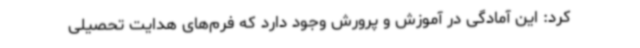
کرد: این آمادگی در آموزش و پرورش وجود دارد که فرم‌های هدایت تحصیلی